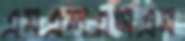
এমএলএসএম